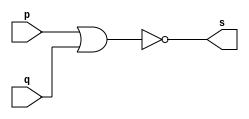
// --------------------- 
// Exemplo0007 - NOR 
// Nome: Daniel Telles McGinnis 
// --------------------- 
// Previso:
// A sada  a negao da disjuno das entradas.
// Teste 1:
// Entradas: (a=0 e b=0), (a=0 e b=1), (a=1 e b=0) e (a=1 e b=1)
// Observaes da sada:
// A sada  uma tabela verdade da negao da disjuno.
// --------------------- 
// -- nor gate 
// --------------------- 
module norgate (output s, input p, input q); 
	assign s = ~(p|q); 
endmodule // nor gate
// --------------------- 
// -- test norgate 
// --------------------- 
module testnorgate; 
	// ------------------------- dados locais 
	reg a, b; // definir registrador 
	wire s;   // definir conexao (fio) 
	// ------------------------- instancia 
	norgate NOR1 (s, a, b); 
	// ------------------------- preparacao 
	initial begin:start 
		a=0;
		b=0;
	end 
	// ------------------------- parte principal 
	initial begin:main 
		$display("Exemplo0007 - Daniel Telles McGinnis - 435042"); 
		$display("Test nor gate"); 
		$display("~(a | b) = s\n");
		$display("  a   b    s");
		$monitor("  %b   %b    %b", a, b, s);
		a=0; b=0;
		#1 a=0; b=1;
		#1 a=1; b=0;
		#1 a=1; b=1;
	end 
endmodule // testnorgate